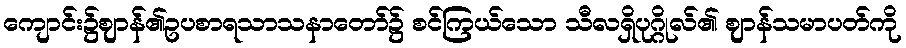
ကျောင်း၌ဈာန်၏ဥပစာရသာသနာတော်၌ စင်ကြယ်သော သီလရှိပုဂ္ဂိုလ်၏ ဈာန်သမာပတ်ကို